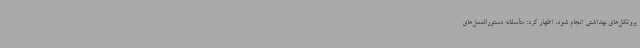
پروتکل‌های بهداشتی انجام شود، اظهار کرد: متأسفانه دستورالعمل‌های